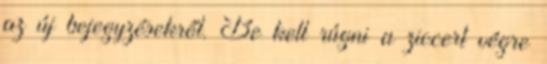
az új bejegyzésekről. Be kell rúgni a ziccert végre